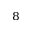
_ 8